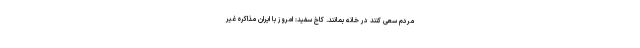
مردم سعی کنند در خانه بمانند. کاخ سفید: امروز با ایران مذاکره غیر